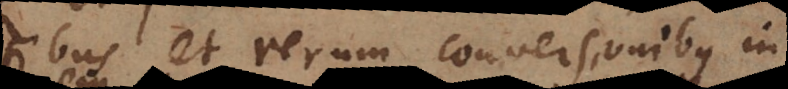
tumultibus et rerum conversionibus in